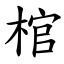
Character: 棺